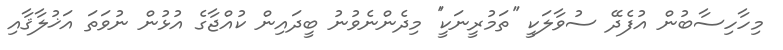
މިހާހިސާބުން އުފެދޭ ސުވާލަކީ ''ތަމުރީނަކީ'' މިދެންނެވުނު ބީދައިން ކުއްޖާގެ އުޅުން ނުވަތަ އަޚުލާޤާއި